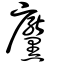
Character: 黶